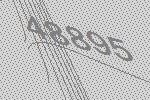
48895